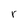
Character: r